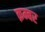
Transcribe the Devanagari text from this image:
क़म्बर